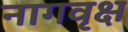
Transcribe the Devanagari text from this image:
नागवृक्ष